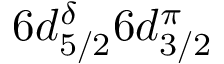
6 d _ { 5 / 2 } ^ { \delta } 6 d _ { 3 / 2 } ^ { \pi }